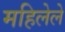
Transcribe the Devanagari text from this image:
महिलेले